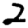
Digit: 2